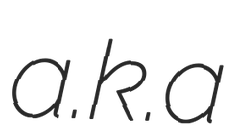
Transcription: a.k.a